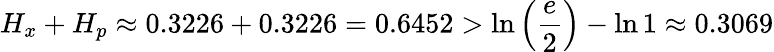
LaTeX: H_{x}+H_{p}\approx 0.3226+0.3226=0.6452>\ln\left({\frac{e}{2}}\right)-\ln 1\approx 0.3069